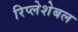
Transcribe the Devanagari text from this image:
रिप्लेशेबल